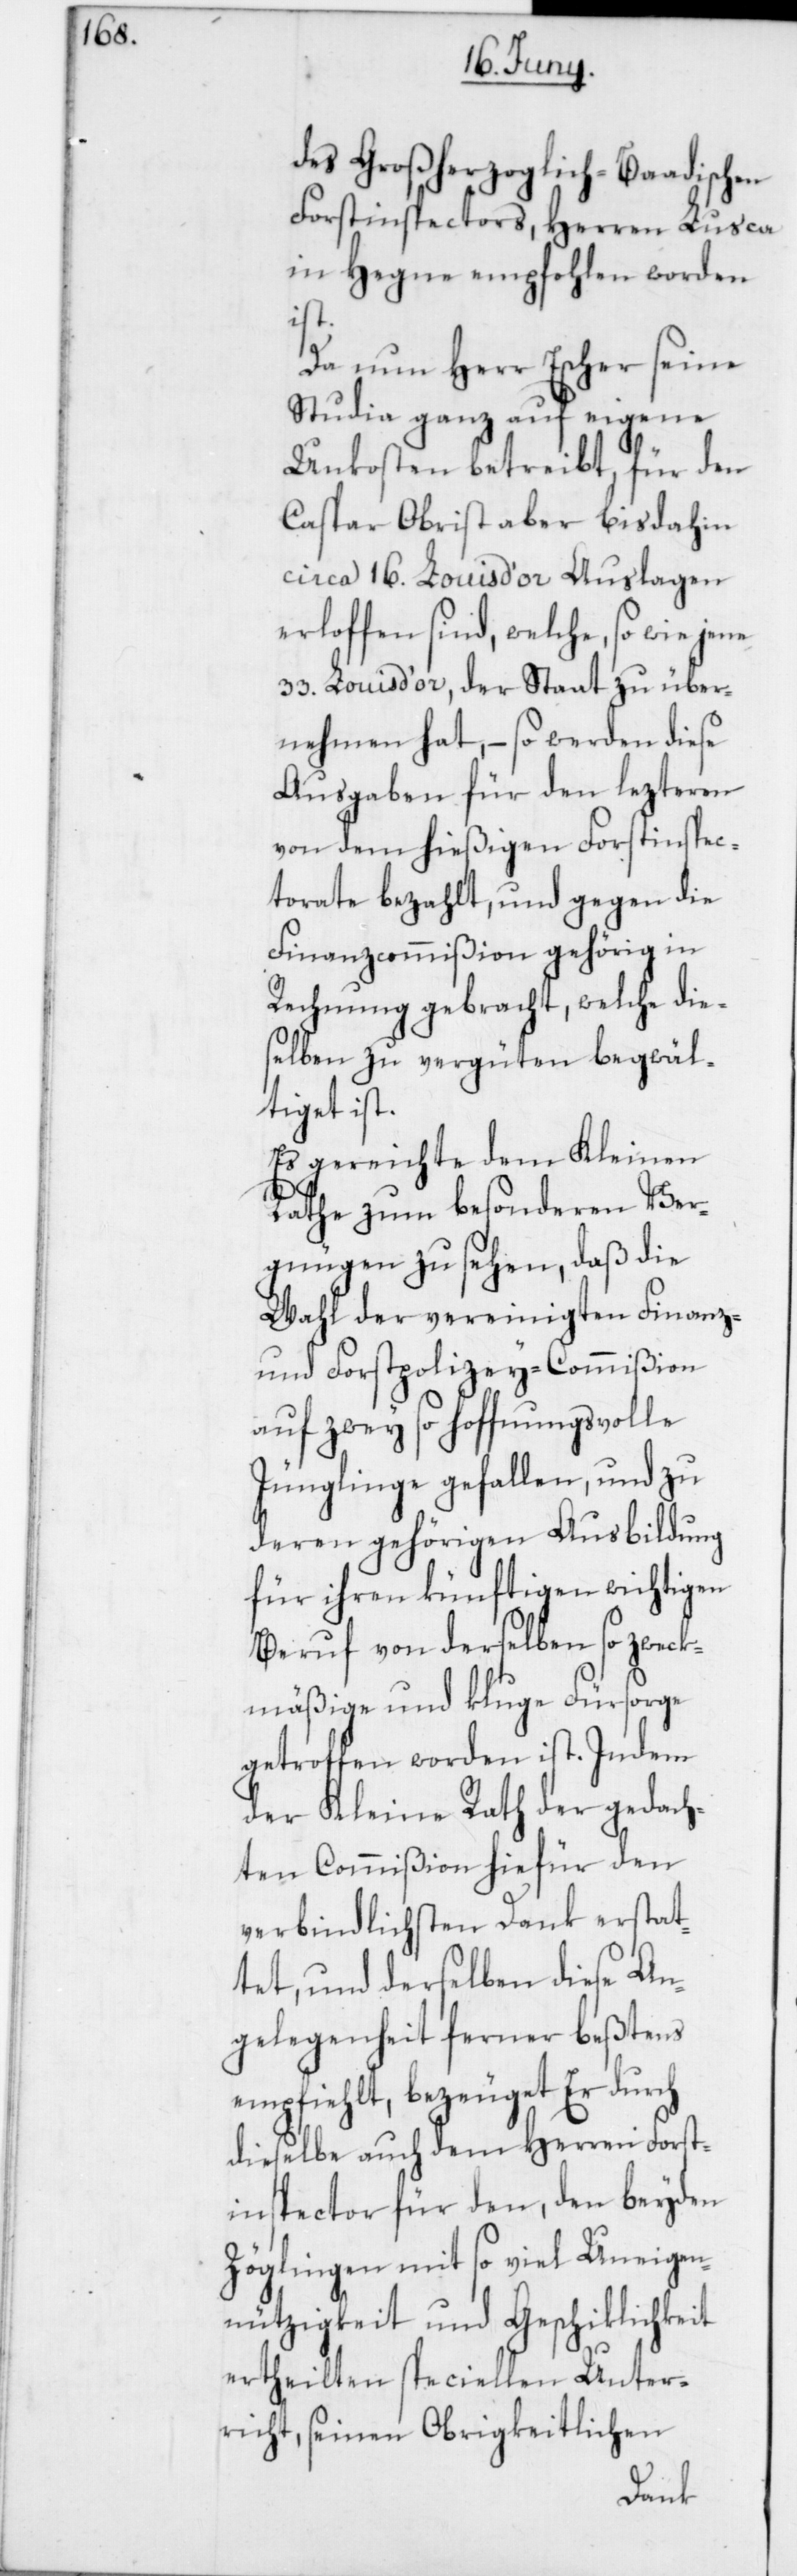
des Großherzoglich-Baadischen
Forstinspectors, Herren Lusca
in Hegne empfohlen worden
ist.
Da nun Herr Escher seine
Studia ganz auf eigene
Unkosten betreibt, für den
Caspar Obrist aber bisdahin
circa 16. Louis d’or Auslagen
erloffen sind, welche, so wie jene
33. Louis d’or, der Staat zu über¬
nehmen hat, – so werden diese
Ausgaben für den lezteren
von dem hießigen Forstinspec¬
torate bezahlt, und gegen die
Finanzcommißion gehörig in
Rechnung gebracht, welche die¬
selben zu vergüten begwäl¬
tiget ist.
Es gereichte dem Kleinen
Rathe zum besonderen Ver¬
gnügen zu sehen, daß die
Wahl der vereinigten Finanz-
und Forstpolizey-Commißion
auf zwey so hoffnungsvolle
Jünglinge gefallen, und zu
deren gehörigen Ausbildung
für ihren künftigen wichtigen
Beruf von derselben so zweck¬
mäßige und kluge Fürsorge
getroffen worden ist. Indem
der Kleine Rath der gedach¬
ten Commißion hiefür den
verbindlichsten Dank erstat¬
tet, und derselben diese An¬
gelegenheit ferner beßtens
empfiehlt, bezeugt Er durch
dieselbe auch dem Herren Forst¬
inspector für den, den beyden
Zöglingen mit so viel Uneigen¬
nützigkeit und Geschiklichkeit
ertheilten speciellen Unter¬
richt, seinen Obrigkeitlichen